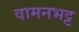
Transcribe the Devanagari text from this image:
वामनभट्ट